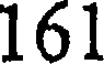
161